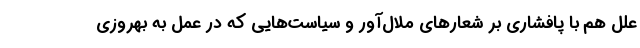
علل هم با پافشاری بر شعارهای ملال‌آور و سیاست‌هایی که در عمل به بهروزی